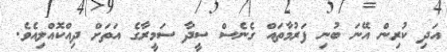
އަދި ކުރިން އޭނަ ބުނި ފަރުމާތައް ގެނެސް ސީދާ ސަމީރާގެ އަތަށް ދިއްކޮއްލިއެވެ.